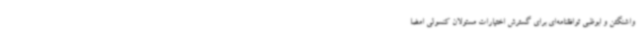
واشنگتن و ابوظبی توافقنامه‌ای برای گسترش اختیارات مسئولان کنسولی امضا